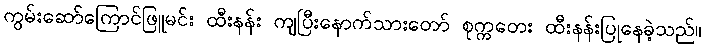
ကွမ်းဆော်ကြောင်ဖြူမင်း ထီးနန်း ကျပြီးနောက်သားတော် စုက္ကတေး ထီးနန်းပြုနေခဲ့သည်။